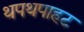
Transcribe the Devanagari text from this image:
थपथपाहट